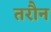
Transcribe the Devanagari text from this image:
तरौन